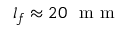
l _ { f } \approx 2 0 ~ \textrm { m m }